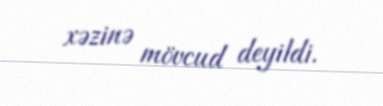
xəzinə mövcud deyildi.